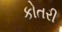
કોતરી